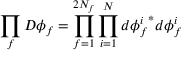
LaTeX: \prod _ { f } D \phi _ { f } = \prod _ { f = 1 } ^ { 2 N _ { f } } \prod _ { i = 1 } ^ { N } d { \phi _ { f } ^ { i } } ^ { * } d \phi _ { f } ^ { i }